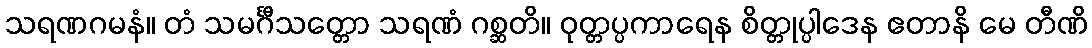
သရဏဂမနံ။ တံ သမင်္ဂီသတ္တော သရဏံ ဂစ္ဆတိ။ ဝုတ္တပ္ပကာရေန စိတ္တုပ္ပါဒေန ဧတာနိ မေ တီဏိ